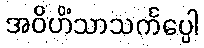
အဝိဟိံသာသင်္ကပ္ပေါ